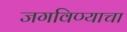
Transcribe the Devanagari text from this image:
जगविण्याचा